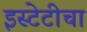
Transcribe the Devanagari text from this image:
इस्टेटीचा